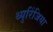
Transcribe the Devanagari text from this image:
थ्युरिंजिया